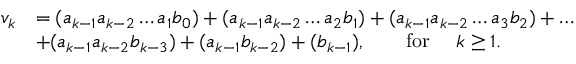
\begin{array} { r l } { v _ { k } } & { = ( a _ { k - 1 } a _ { k - 2 } \dots a _ { 1 } b _ { 0 } ) + ( a _ { k - 1 } a _ { k - 2 } \dots a _ { 2 } b _ { 1 } ) + ( a _ { k - 1 } a _ { k - 2 } \dots a _ { 3 } b _ { 2 } ) + \dots } \\ & { + ( a _ { k - 1 } a _ { k - 2 } b _ { k - 3 } ) + ( a _ { k - 1 } b _ { k - 2 } ) + ( b _ { k - 1 } ) , \qquad \mathrm { f o r ~ } \quad k \ge 1 . } \end{array}